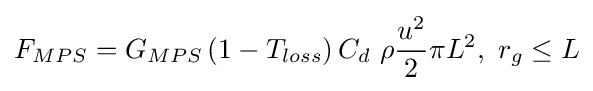
F_{MPS}=G_{MPS}\,(1-T_{loss})\,C_{d}\ \rho {\frac {u^{2}}{2}}\pi L^{2},\,\,r_{g}\leq L